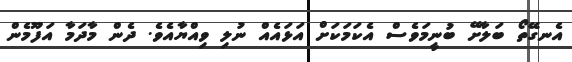
އެނގޭތޯ ބަލާށޭ ބުނީމަވެސް އެކަމަކަށް އަޅައެއް ނުލި ވިއްޔާއެވެ. ދެން މާދަމާ އަފޫމެން